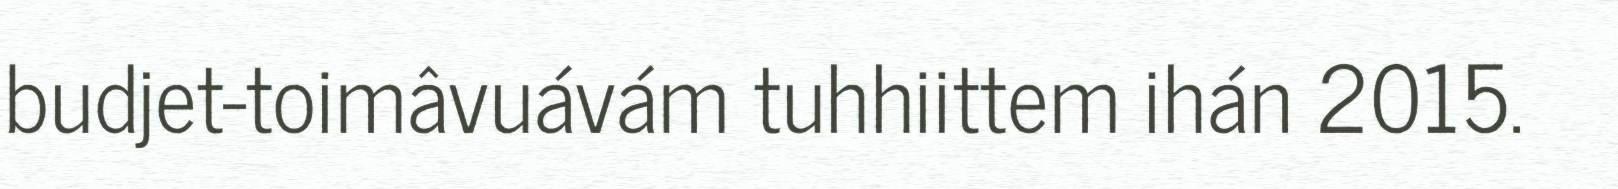
budjet-toimâvuávám tuhhiittem ihán 2015.